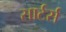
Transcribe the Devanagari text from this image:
सार्टर्स